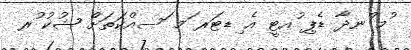
ުމ ްނދާ ޑެޕި ުއޓީ އެ ިޑޓަރ ަމ ަސއްކަތަށް ޝުކު ުރ